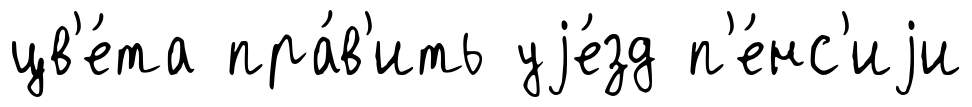
цв'е́та пра́в'ить уjе́зд п'е́нс'иjи